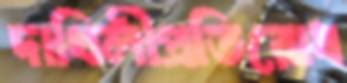
দাখিলীপ্রতিরোধ